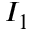
I _ { 1 }